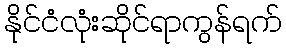
နိုင်ငံလုံးဆိုင်ရာကွန်ရက်